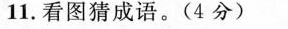
11.看图猜成语。(4分)